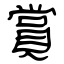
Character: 賞